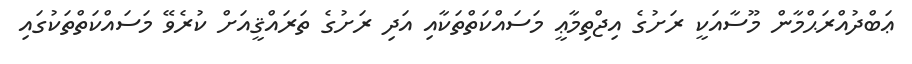
ޢަބްދުއްރަޙްމާން މޫސާއަކީ ރަށުގެ އިޖްތިމާޢީ މަސައްކަތްތަކާއި އަދި ރަށުގެ ތަރައްޤީއަށް ކުރެވޭ މަސައްކަތްތަކުގައި